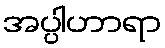
အပ္ပါဟာရာ